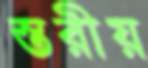
স্তরীয়